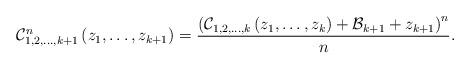
LaTeX: \begin{align*}\mathcal{C}_{1,2,\dots,k+1}^{n}\left(z_{1},\dots,z_{k+1}\right)=\frac{\left(\mathcal{C}_{1,2,\dots,k}\left(z_{1},\dots,z_{k}\right)+\mathcal{B}_{k+1}+z_{k+1}\right)^{n}}{n}.\end{align*}